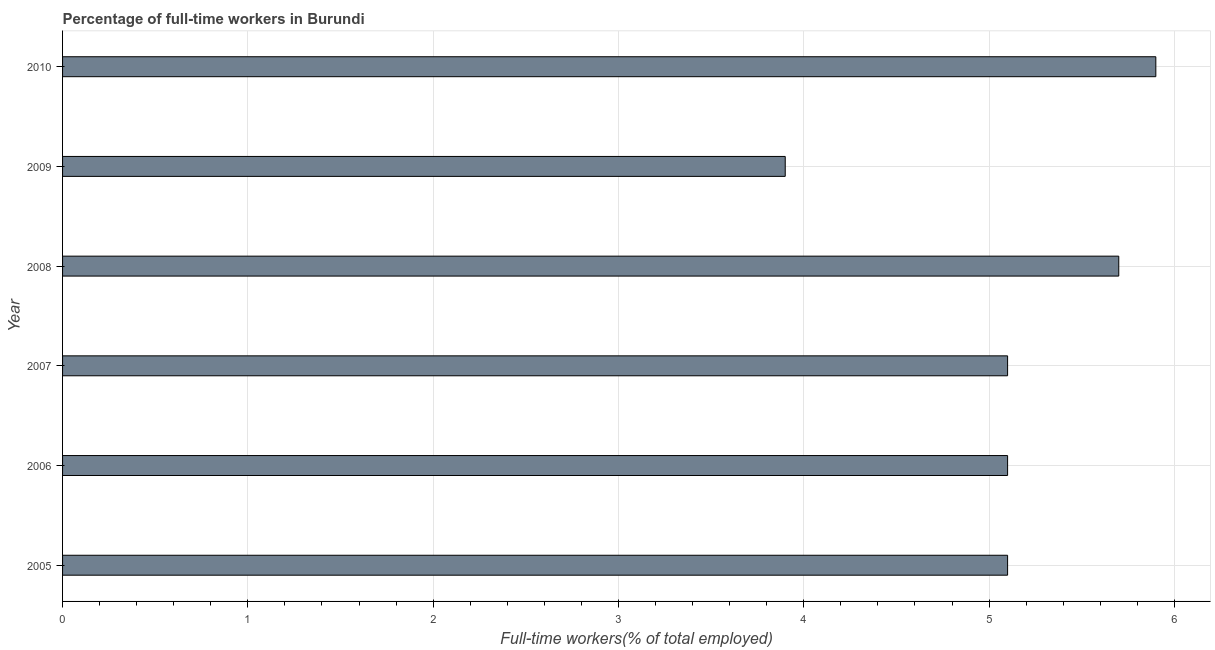
| Year | Wage and salaried workers |
 | --- | --- |
 | 2005 | 5.1 |
 | 2006 | 5.1 |
 | 2007 | 5.1 |
 | 2008 | 5.7 |
 | 2009 | 3.9 |
 | 2010 | 5.9 |